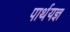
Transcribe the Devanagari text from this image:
पार्थयज्ञ